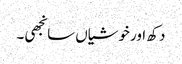
دکھ اور خوشیاں سانجھی۔